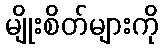
မျိုးစိတ်များကို